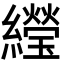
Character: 𬘌